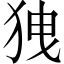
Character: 㹭